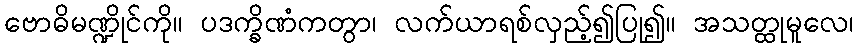
ဗောဓိမဏ္ဍိုင်ကို။ ပဒက္ခိဏံကတွာ၊ လက်ယာရစ်လှည့်၍ပြု၍။ အသတ္ထုမူလေ၊